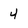
Character: 4